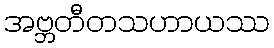
အဗ္ဘတီတသဟာယဿ